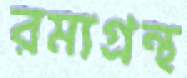
রম্যগ্রন্থ